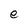
Character: e